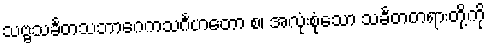
သဗ္ဗသင်္ခတသဘာဂေကသင်္ဂဟတော စ၊ အလုံးစုံသော သင်္ခတတရားတို့ကို